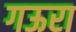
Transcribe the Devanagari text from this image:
गऊरा